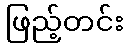
ဖြည့်တင်း